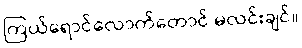
ကြယ်ရောင်လောက်တောင် မလင်းချင်။